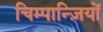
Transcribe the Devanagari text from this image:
चिम्पान्ज़ियों